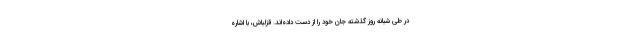
در طی شبانه روز گذشته جان خود را از دست داده‌اند. قزلباش، با اشاره